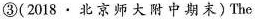
③(2018.北京师大附中期末)The